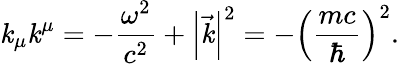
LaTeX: \mathit{k}_{\mu}\mathit{k}^{\mu}=-\frac{{\omega^{2}}}{{c^{2}}}+\left|\vec{{\mathit{k}}}\right|^{2}=-\left(\frac{{mc}}{{\hbar}}\right)^{2}.